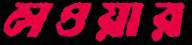
লওয়ার